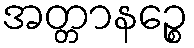
အတ္တာနဉ္စေ